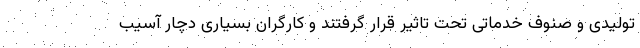
تولیدی و صنوف خدماتی تحت تاثیر قرار گرفتند و کارگران بسیاری دچار آسیب